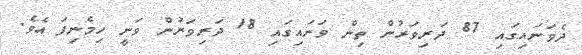
ދެވަނައިގައި 87 ދަރިވަރުން ތިން ވަނައިގައި 18 ދަރިވަރުން ވަނީ ހިމެނިފަ އެވެ.